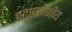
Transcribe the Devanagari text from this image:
चतुष्टकोणीय